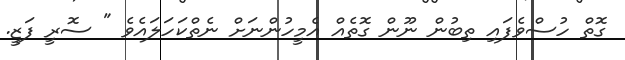
ގޮތް ހުސްވެފައި ތިބުން ނޫން ގޮތެއް އެމީހުންނަށް ނެތްކަހަލައެވެ " ސޮރީ ފަޒީ.